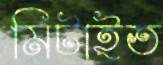
মিটাইত